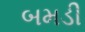
બમડી